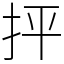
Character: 抨